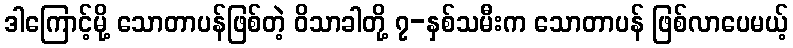
ဒါကြောင့်မို့ သောတာပန်ဖြစ်တဲ့ ဝိသာခါတို့ ၇-နှစ်သမီးက သောတာပန် ဖြစ်လာပေမယ့်